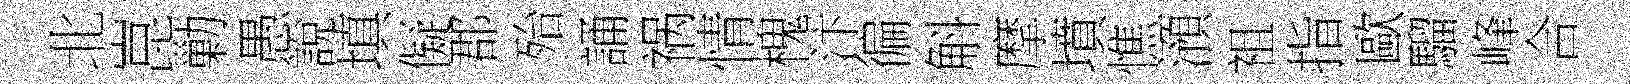
北崑勦愚說填儗郡殆誦祸情槐汴徧斛摩墳憔澦袓指歐騮峰合